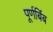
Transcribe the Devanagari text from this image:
पूर्णबिंब